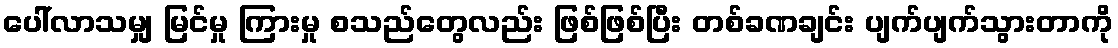
ပေါ်လာသမျှ မြင်မှု ကြားမှု စသည်တွေလည်း ဖြစ်ဖြစ်ပြီး တစ်ခဏချင်း ပျက်ပျက်သွားတာကို